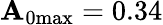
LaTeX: \mathbf{A}_{\mathrm{{0max}}}=0.34